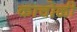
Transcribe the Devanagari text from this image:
काचोळी